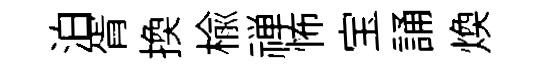
泊胥換榆禅怖宝誦煥